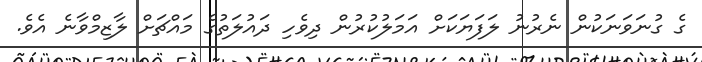
ގެ ގުނަވަނަކުން ނެރުނު ލަފަޔަކަށް އަމަލުކުރުން ދިވެހި ދައުލަތުގެ މައްޗަށް ލާޒިމްވާނެ އެވެ.